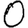
Digit: 0